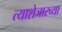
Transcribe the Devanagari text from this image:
त्याशेजारच्या